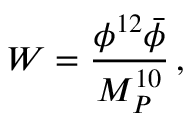
W = \frac { \phi ^ { 1 2 } \bar { \phi } } { M _ { P } ^ { 1 0 } } \, ,